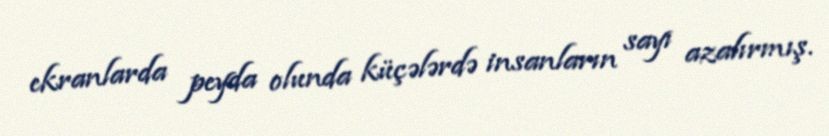
ekranlarda peyda olunda küçələrdə insanların sayı azalırmış.